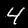
Label: 4